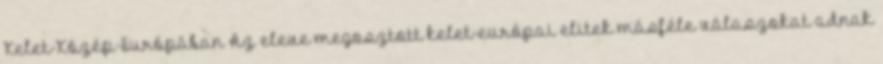
Kelet-Közép-Európában Az eleve megosztott kelet-európai elitek másféle válaszokat adnak